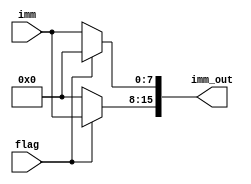
module immediate_operation (imm, flag, imm_out);

input [7:0] imm;
input flag;
output [15:0] imm_out;


assign imm_out[7:0] = (flag)? 8'b0000_0000 : imm ;
assign imm_out[15:8] = (flag)? imm : 8'b0000_0000;

    
endmodule